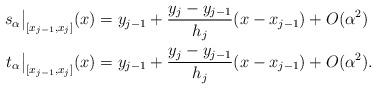
LaTeX: \begin{align*}s_\alpha\big|_{[x_{j-1},x_j]}(x)&=y_{j-1}+\dfrac{y_{j}-y_{j-1}}{h_j}(x-x_{j-1})+O(\alpha^2) \\t_\alpha\big|_{[x_{j-1},x_j]}(x)&=y_{j-1}+\dfrac{y_{j}-y_{j-1}}{h_j}(x-x_{j-1})+O(\alpha^2) .\end{align*}